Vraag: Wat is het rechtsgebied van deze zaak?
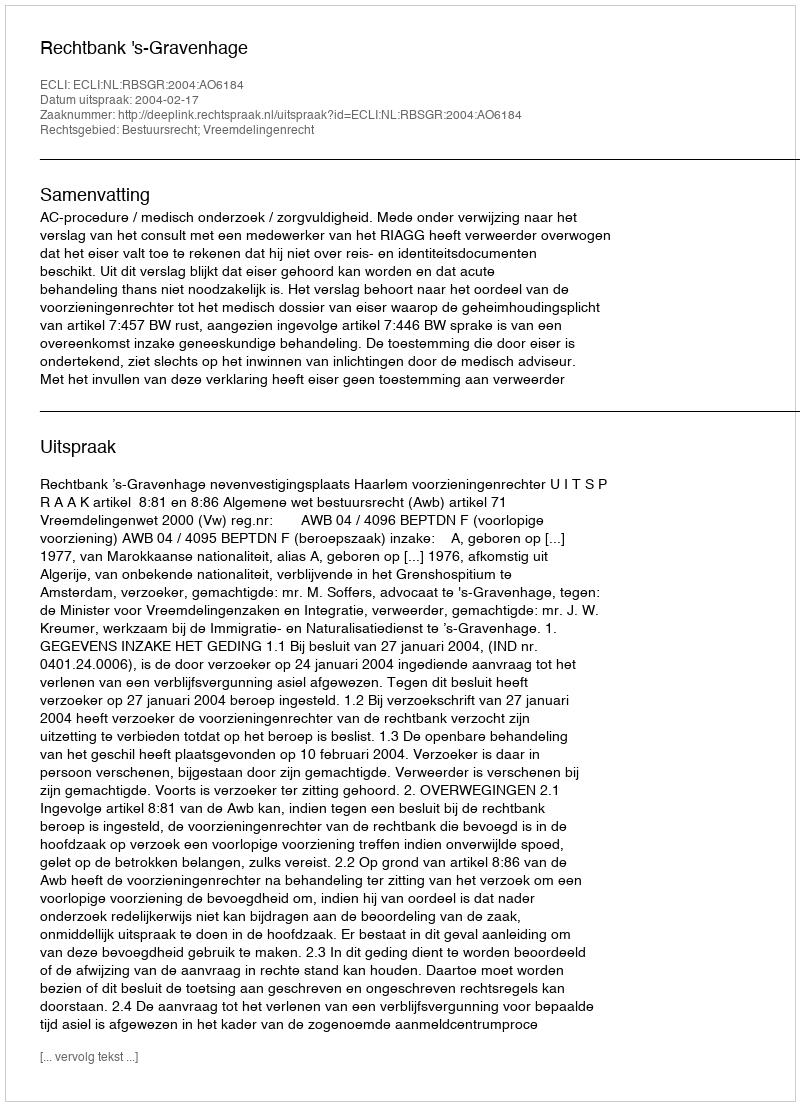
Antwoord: Bestuursrecht; Vreemdelingenrecht